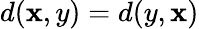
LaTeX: d(\mathbf{x},y)=d(y,\mathbf{x})